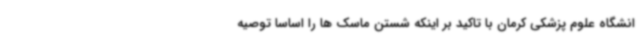
انشگاه علوم پزشکی کرمان با تاکید بر اینکه شستن ماسک ها را اساسا توصیه